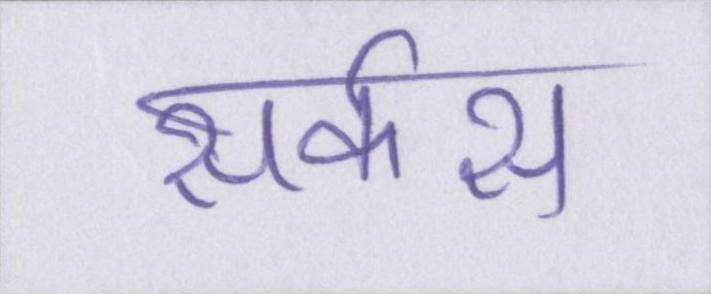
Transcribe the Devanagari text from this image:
सर्कस